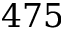
4 7 5